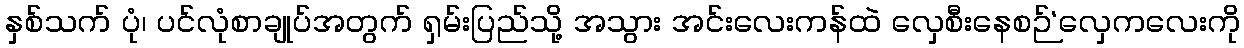
နှစ်သက် ပုံ၊ ပင်လုံစာချုပ်အတွက် ရှမ်းပြည်သို့ အသွား အင်းလေးကန်ထဲ လှေစီးနေစဉ်‘လှေကလေးကို